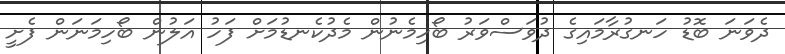
ދެވަނަ ބޮޑު ހަނގުރާމައިގެ ދުވަސްވަރު ބޯހިމެނުން މެދުކެނޑުމަށް ފަހު އަލުން ބޯހިމަނަން ފެށީ